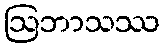
ဩဘာသဿ